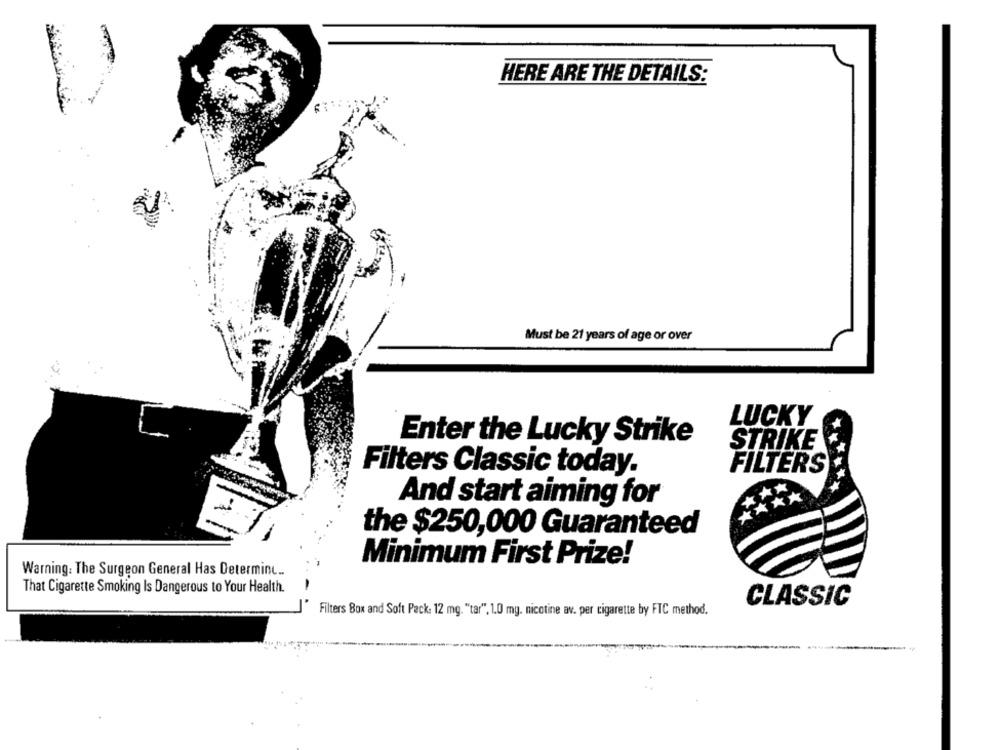
HERE ARE THE DETAILS:
Must be 21 years of age or over
LUCKY
Enter the Lucky Strike
STRIKE
Filters Classic today.
FILTERS
**
And start aiming for
the $250,000 Guaranteed
Minimum First Prize!
Warning: The Surgeon General Has Determine ..
1
That Cigarette Smoking Is Dangerous to Your Health.
CLASSIC
J' Filters Box and Soft Pack: 12 mg. "tar", 1.0 mg. nicotine av. per cigarette by FTC method.